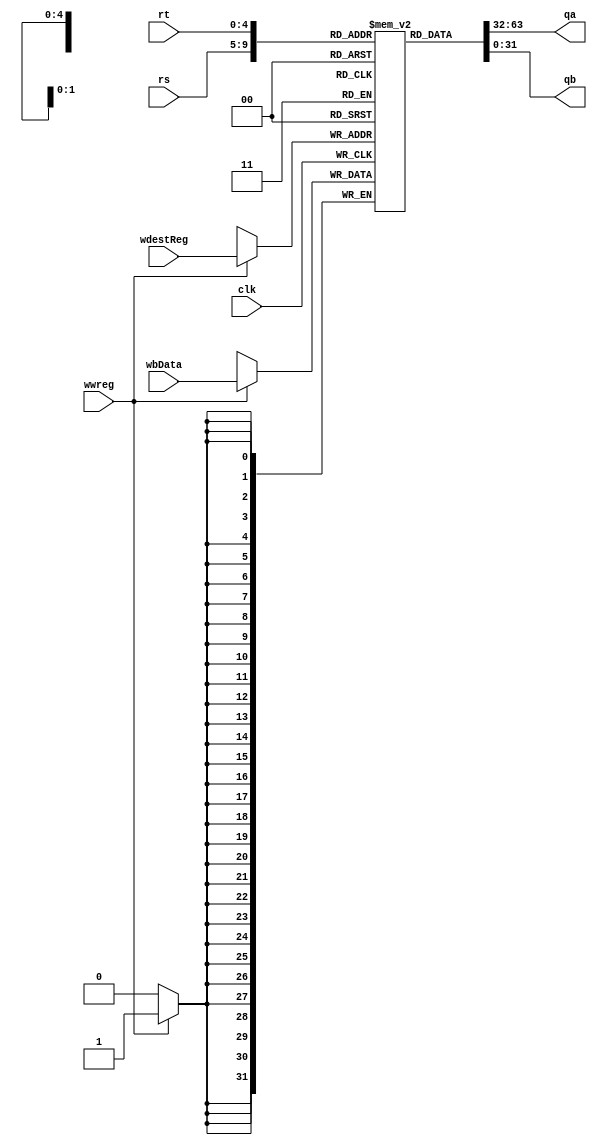
`timescale 1ns / 1ps
//////////////////////////////////////////////////////////////////////////////////
// Company: 
// Engineer: 
// 
// Design Name: 
// Module Name: register_file
// Project Name: 
// Target Devices: 
// Tool Versions: 
// Description: 
// 
// Dependencies: 
// 
// Revision:
// Revision 0.01 - File Created
// Additional Comments:
// 
//////////////////////////////////////////////////////////////////////////////////


module register_file(
    input clk,
    input [4:0] wdestReg,
    input [31:0] wbData,
    input wwreg,
    input [4:0] rs,
    input [4:0] rt,
    output reg [31:0] qa,
    output reg [31:0] qb
    );
    
    reg [31:0] registers[0:31];
    reg [5:0] i;
    
    initial begin
        registers[0] <= 'hA00000AA;
        registers[1] <= 'h10000011;
        registers[2] <= 'h20000022;
        registers[3] <= 'h30000033;
        registers[4] <= 'h40000044;
        registers[5] <= 'h50000055;
        registers[6] <= 'h60000066;
        registers[7] <= 'h70000077;
        registers[8] <= 'h80000088;
        registers[9] <= 'h90000099;
        for (i = 10; i <= 31; i=i+1) begin
            registers[i] = 32'b0;
        end
    end
    
    always @(*) begin
        qa <= registers[rs];
        qb <= registers[rt];
    end
    
    always @(negedge clk) begin
        if (wwreg == 1) begin
            registers[wdestReg] <= wbData;
        end
    end
endmodule